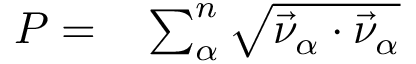
\begin{array} { r l } { P = } & { { } \sum _ { \alpha } ^ { n } \sqrt { \vec { \nu } _ { \alpha } \cdot \vec { \nu } _ { \alpha } } } \end{array}